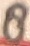
Text: 8